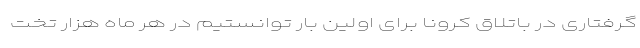
گرفتاری در باتلاق کرونا برای اولین بار توانستیم در هر ماه هزار تخت